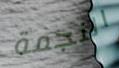
النجمة